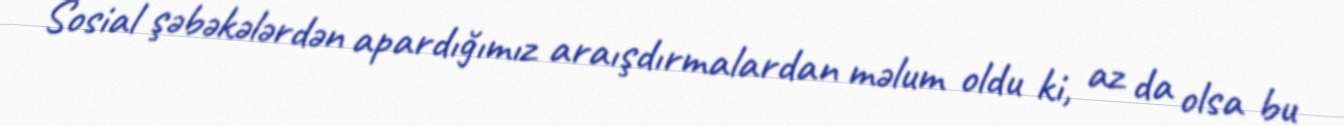
Sosial şəbəkələrdən apardığımız araışdırmalardan məlum oldu ki, az da olsa bu